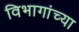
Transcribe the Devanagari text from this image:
विभागांच्‍या